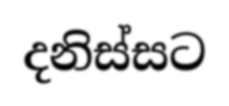
දනිස්සට